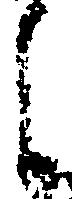
之